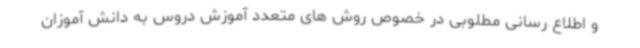
و اطلاع رسانی مطلوبی در خصوص روش های متعدد آموزش دروس به دانش آموزان